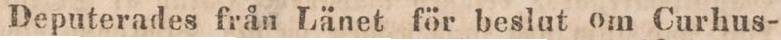
Deputerades från Länet för beslut om Curhus-